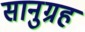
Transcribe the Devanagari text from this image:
सानुग्रह